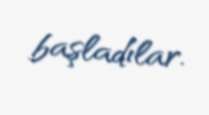
başladılar.